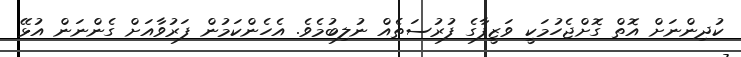
ކުދިންނަށް އޮތް ގޮށްޖެހުމަކީ ވަޒީފާގެ ފުރުސަތެއް ނުލިބުމެވެ. އެހެންކަމުން ފަރުވާއަށް ގެންނަން އުޅޭ